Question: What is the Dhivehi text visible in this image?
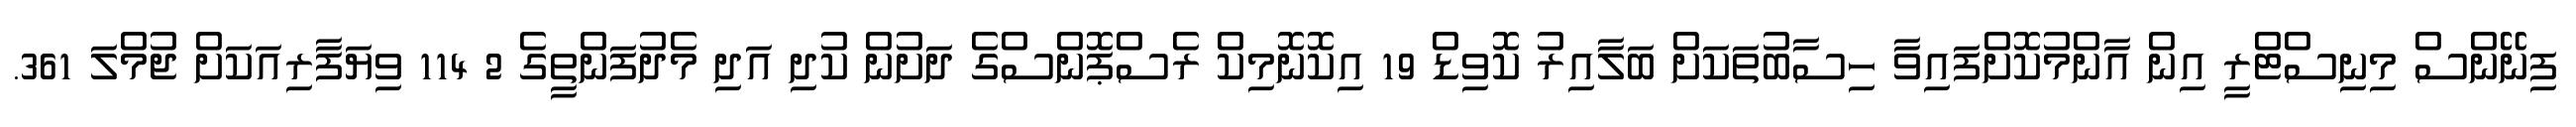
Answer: ފިނޭންސް މިނިސްޓްރީ އިން އާންމުކޮށްފައިވާ ހިސާބުތަކަށް ބަލާއިރު ކޮވިޑް 19 އިކޮނޮމިކް ރެސްޕޮންސްގެ ދަށުން ކުދި އަދި މެދުފަންތީގެ 2 114 ވިޔަފާރިއަކަށް ޖުމްލަ 361.